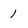
Character: 1